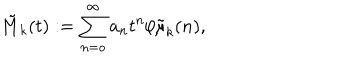
\tilde { M } _ { k } ( t ) : = \sum _ { n = o } ^ { \infty } a _ { n } t ^ { n } / \tilde { \mu } _ { k } ( n ) ,